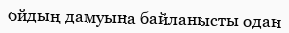
ойдың дамуына байланысты одан